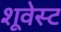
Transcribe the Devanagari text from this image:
शूवेस्ट